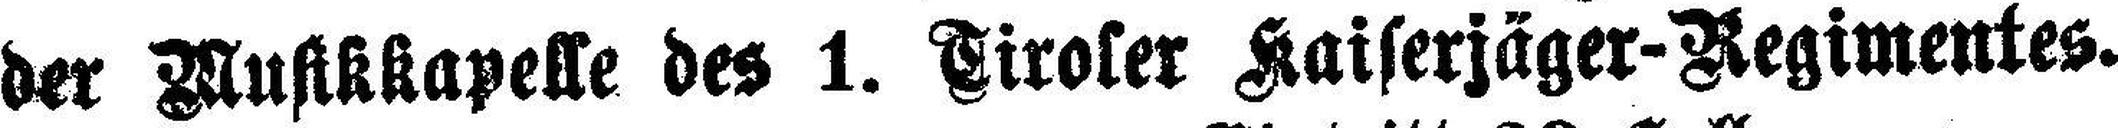
der Musikkapelle des 1. Tiroler Kaiserjäger-Regimentes.